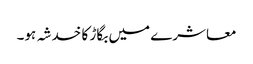
معاشرے میں بگاڑ کا خدشہ ہو۔